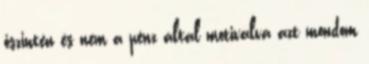
őszintén és nem a pénz által motiválva azt mondom